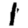
Digit: 1